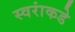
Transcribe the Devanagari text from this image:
स्वरांकडे